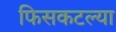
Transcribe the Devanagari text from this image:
फिसकटल्या